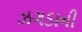
ઝગડાની